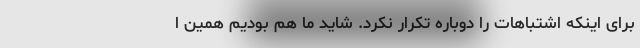
برای اینکه اشتباهات را دوباره تکرار نکرد. شاید ما هم بودیم همین ا